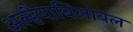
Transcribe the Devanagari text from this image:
अल्हैयाबिलावल